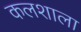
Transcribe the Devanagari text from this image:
कलशाला